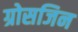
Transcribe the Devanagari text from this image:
ग्रोसजिन